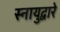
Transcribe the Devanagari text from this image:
स्नायुद्वारे